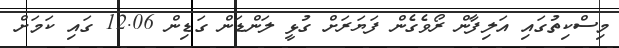
މިސްކިތުގައި އަލިފާން ރޯވެގެން ފަޔަރަށް ގުޅީ ލަންޑަން ގަޑިން 12.06 ގައި ކަމަށް